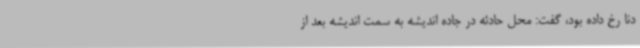
دنا رخ داده بود، گفت: محل حادثه در جاده اندیشه به سمت اندیشه بعد از